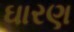
ઘારણ